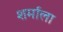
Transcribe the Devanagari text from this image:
शर्माला